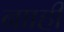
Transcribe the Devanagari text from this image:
नााही